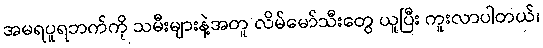
အမရပူရဘက်ကို သမီးများနဲ့အတူ လိမ်မော်သီးတွေ ယူပြီး ကူးလာပါတယ်၊